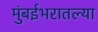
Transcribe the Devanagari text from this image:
मुंबईभरातल्या